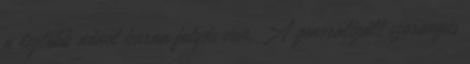
a legtöbb nőnél barna folyás van. A generalizált szorongás